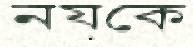
নয়কে